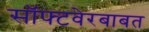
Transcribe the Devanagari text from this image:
सॉफ्टवेरबाबत